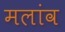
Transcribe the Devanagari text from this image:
मलांव